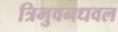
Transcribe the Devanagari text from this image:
त्रिभुवनधवल